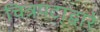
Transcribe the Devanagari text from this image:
चित्रपटा्द्वारे